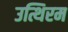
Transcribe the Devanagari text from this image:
उत्थिरम